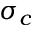
\sigma _ { c }